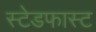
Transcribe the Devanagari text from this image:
स्टेडफास्ट